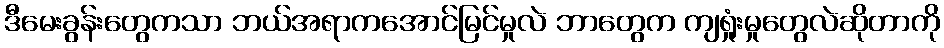
ဒီမေးခွန်းတွေကသာ ဘယ်အရာကအောင်မြင်မှုလဲ ဘာတွေက ကျရှုံးမှုတွေလဲဆိုတာကို